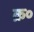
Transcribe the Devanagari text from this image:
क्र०